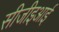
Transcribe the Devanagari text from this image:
सीजीइआई